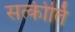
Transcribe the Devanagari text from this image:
सत्कीर्ति